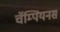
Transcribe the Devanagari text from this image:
चॅम्पियनस